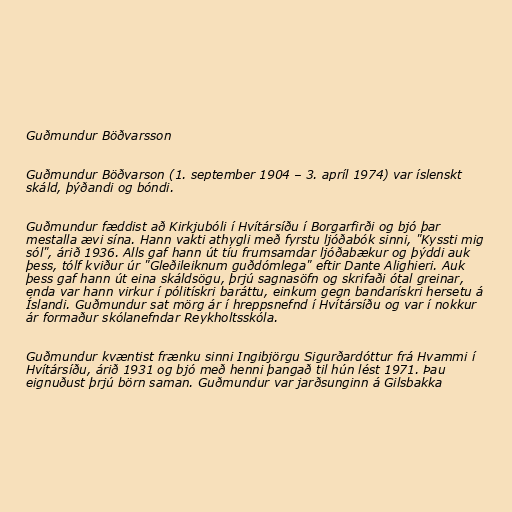
Guðmundur Böðvarsson

Guðmundur Böðvarson (1. september 1904 – 3. apríl 1974) var íslenskt
skáld, þýðandi og bóndi.

Guðmundur fæddist að Kirkjubóli í Hvítársíðu í Borgarfirði og bjó þar
mestalla ævi sína. Hann vakti athygli með fyrstu ljóðabók sinni, "Kyssti mig
sól", árið 1936. Alls gaf hann út tíu frumsamdar ljóðabækur og þýddi auk
þess, tólf kviður úr "Gleðileiknum guðdómlega" eftir Dante Alighieri. Auk
þess gaf hann út eina skáldsögu, þrjú sagnasöfn og skrifaði ótal greinar,
enda var hann virkur í pólitískri baráttu, einkum gegn bandarískri hersetu á
Íslandi. Guðmundur sat mörg ár í hreppsnefnd í Hvítársíðu og var í nokkur
ár formaður skólanefndar Reykholtsskóla.

Guðmundur kvæntist frænku sinni Ingibjörgu Sigurðardóttur frá Hvammi í
Hvítársíðu, árið 1931 og bjó með henni þangað til hún lést 1971. Þau
eignuðust þrjú börn saman. Guðmundur var jarðsunginn á Gilsbakka